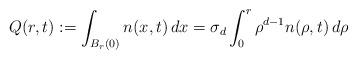
LaTeX: \begin{align*}Q(r,t):=\int_{B_{r}(0)}n(x,t) \,dx=\sigma_{d}\int_{0}^{r}\rho^{d-1} n(\rho,t)\,d\rho\end{align*}